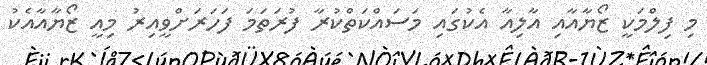
މި ފިލްމަކީ ޒޯޔާއާއި އާލިއާ އެކުގައި މަސައްކަތްކުރާ ފުރަތަމަ ފަހަރަށްވީއިރު މިއީ ޒޯޔާއާއެކު